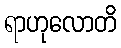
ရာဟုလောတိ